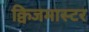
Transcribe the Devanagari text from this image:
क्विजमास्टर